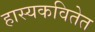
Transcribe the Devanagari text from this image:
हास्यकवितेत